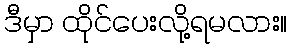
ဒီမှာ ထိုင်ပေးလို့ရမလား။